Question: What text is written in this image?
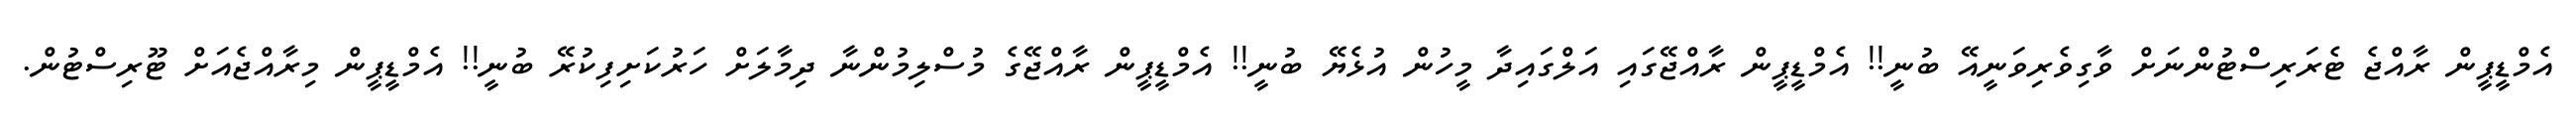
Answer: އެމްޑީޕީން ރާއްޖެ ޓެރަރިސްޓުންނަށް ވާގިވެރިވަނީއޭ ބުނީ!! އެމްޑީޕީން ރާއްޖޭގައި އަލްގައިދާ މީހުން އުޅެޔޭ ބުނީ!! އެމްޑީޕީން ރާއްޖޭގެ މުސްލިމުންނާ ދިމާލަށް ހަރުކަށިފިކުރޭ ބުނީ!! އެމްޑީޕީން މިރާއްޖެއަށް ޓޫރިސްޓުން.